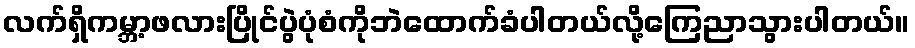
လက်ရှိကမ္ဘာ့ဖလားပြိုင်ပွဲပုံစံကိုဘဲထောက်ခံပါတယ်လို့ကြေညာသွားပါတယ်။